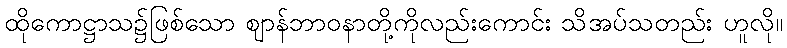
ထိုကောဋ္ဌာသ၌ဖြစ်သော ဈာန်ဘာဝနာတို့ကိုလည်းကောင်း သိအပ်သတည်း ဟူလို။